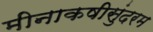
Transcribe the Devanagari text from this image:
मीनाकषीसुंदरम